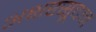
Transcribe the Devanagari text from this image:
अक्षरसूदन